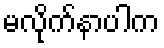
မလိုက်နာပါက